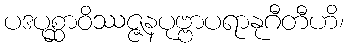
ပဒပုစ္ဆာဝိဿဇ္ဇနပုဗ္ဗာပရာနုဂီတီဟိ၊